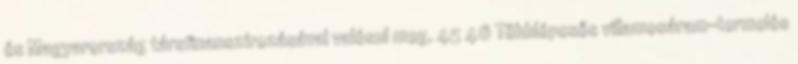
és Magyarország társfinanszírozásával valósul meg. 45 46 Többlépcsős villamosáram-termelés